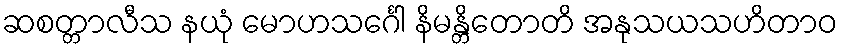
ဆစတ္တာလီသ နယုံ မောဟသင်္ဂေါ နိမန္တိတောတိ အနုသယသဟိတာဝ